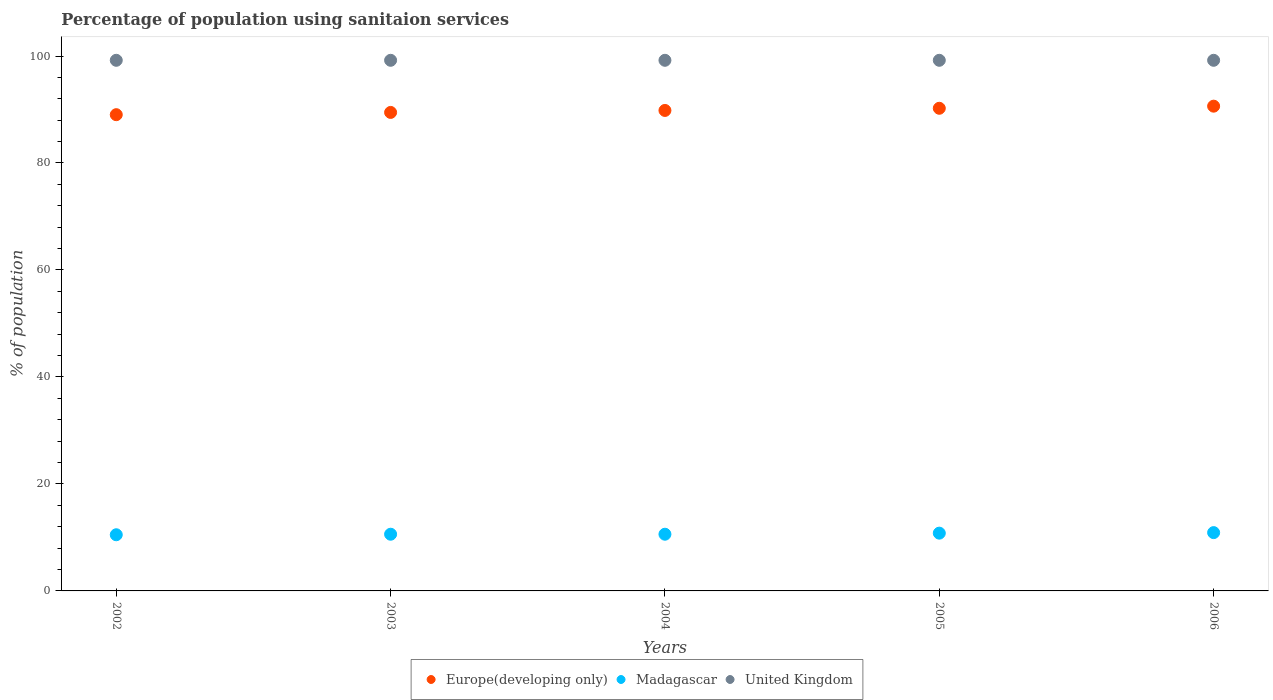
| Years | Europe(developing only) | Madagascar | United Kingdom |
 | --- | --- | --- | --- |
 | 2002 | 89 | 10.5 | 99.2 |
 | 2003 | 89.5 | 10.6 | 99.2 |
 | 2004 | 89.8 | 10.6 | 99.2 |
 | 2005 | 90.2 | 10.8 | 99.2 |
 | 2006 | 90.6 | 10.9 | 99.2 |